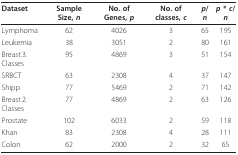
| Dataset | Sample Size, n | No. of Genes, p | No. of classes, c | p/n | p * c/n |
 | --- | --- | --- | --- | --- | --- |
 | Lymphoma | 62 | 4026 | 3 | 65 | 195 |
 | Leukemia | 38 | 3051 | 2 | 80 | 161 |
 | Breast.3.Classes | 95 | 4869 | 3 | 51 | 154 |
 | SRBCT | 63 | 2308 | 4 | 37 | 147 |
 | Shipp | 77 | 5469 | 2 | 71 | 142 |
 | Breast.2.Classes | 77 | 4869 | 2 | 63 | 126 |
 | Prostate | 102 | 6033 | 2 | 59 | 118 |
 | Khan | 83 | 2308 | 4 | 28 | 111 |
 | Colon | 62 | 2000 | 2 | 32 | 65 |